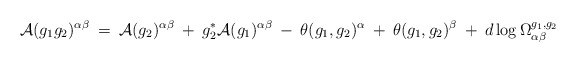
\begin{align*}{\cal A}(g_1 g_2)^{\alpha \beta} \: = \:{\cal A}(g_2)^{\alpha \beta} \: + \: g_2^* {\cal A}(g_1)^{\alpha \beta}\: - \: \theta(g_1, g_2)^{\alpha} \: + \: \theta(g_1, g_2)^{\beta}\: + \: d \log \Omega^{g_1, g_2}_{\alpha \beta}\end{align*}